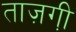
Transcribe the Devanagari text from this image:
ताज़गी़